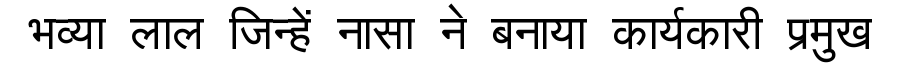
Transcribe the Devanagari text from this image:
भव्या लाल जिन्हें नासा ने बनाया कार्यकारी प्रमुख